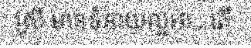
ស្រី មានទំនាយល្អអា...តើ